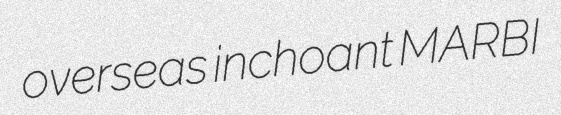
overseas inchoant MARBI